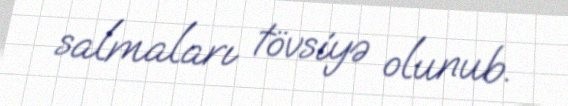
salmaları tövsiyə olunub.